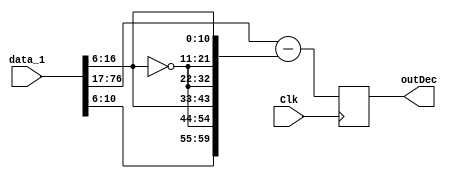
module decrypt_function_1 (Clk,data_1,outDec);
    input Clk;
    input [77:0]data_1;
    reg  [10:0]rand_9;
    output [59:0]outDec;
    reg [59:0]outDec;
    reg [59:0]b;
    reg [60:0]y;
    reg [60:0]x;
    always @(posedge Clk) begin
        rand_9=data_1[16:6];
        b[10:0]=rand_9;
        b[21:11]=~rand_9;
        b[32:22]=~rand_9;
        b[43:33]=rand_9;
        b[54:44]=~rand_9;
        b[59:55]=rand_9[4:0];
        y=data_1[77:17];
        x=y-b;
        outDec=x[59:0];
    end
endmodule